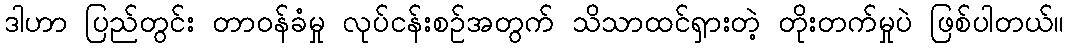
ဒါဟာ ပြည်တွင်း တာဝန်ခံမှု လုပ်ငန်းစဉ်အတွက် သိသာထင်ရှားတဲ့ တိုးတက်မှုပဲ ဖြစ်ပါတယ်။